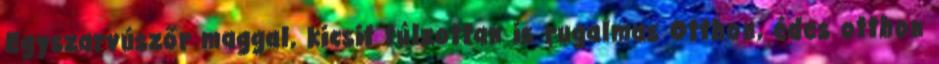
Egyszarvúszőr maggal, kicsit túlzottan is rugalmas Otthon, édes otthon